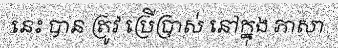
នេះ បាន ត្រូវ ប្រើប្រាស់ នៅក្នុង ភាសា